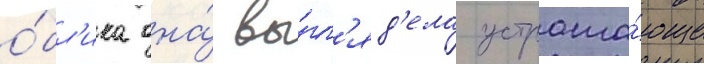
о́бл'ика она́ вы́гл'яд'ела устраша́юще